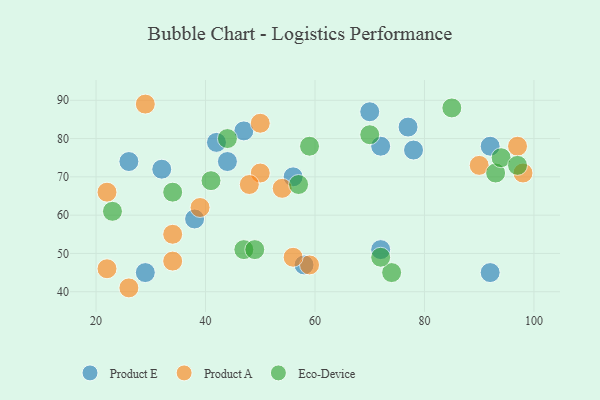
{"axis": {"x": "GDP", "y": "Life Expectancy"}, "legend": ["Eco-Device", "Product A", "Product E"], "data": [{"x": "47", "y": 82, "type": "Product E"}, {"x": "26", "y": 74, "type": "Product E"}, {"x": "58", "y": 47, "type": "Product E"}, {"x": "42", "y": 79, "type": "Product E"}, {"x": "72", "y": 78, "type": "Product E"}, {"x": "29", "y": 45, "type": "Product E"}, {"x": "32", "y": 72, "type": "Product E"}, {"x": "92", "y": 78, "type": "Product E"}, {"x": "38", "y": 59, "type": "Product E"}, {"x": "78", "y": 77, "type": "Product E"}, {"x": "70", "y": 87, "type": "Product E"}, {"x": "77", "y": 83, "type": "Product E"}, {"x": "56", "y": 70, "type": "Product E"}, {"x": "92", "y": 45, "type": "Product E"}, {"x": "72", "y": 51, "type": "Product E"}, {"x": "44", "y": 74, "type": "Product E"}, {"x": "22", "y": 66, "type": "Product A"}, {"x": "54", "y": 67, "type": "Product A"}, {"x": "59", "y": 47, "type": "Product A"}, {"x": "26", "y": 41, "type": "Product A"}, {"x": "50", "y": 84, "type": "Product A"}, {"x": "29", "y": 89, "type": "Product A"}, {"x": "90", "y": 73, "type": "Product A"}, {"x": "97", "y": 78, "type": "Product A"}, {"x": "50", "y": 71, "type": "Product A"}, {"x": "39", "y": 62, "type": "Product A"}, {"x": "48", "y": 68, "type": "Product A"}, {"x": "56", "y": 49, "type": "Product A"}, {"x": "34", "y": 55, "type": "Product A"}, {"x": "34", "y": 48, "type": "Product A"}, {"x": "98", "y": 71, "type": "Product A"}, {"x": "22", "y": 46, "type": "Product A"}, {"x": "44", "y": 80, "type": "Eco-Device"}, {"x": "57", "y": 68, "type": "Eco-Device"}, {"x": "70", "y": 81, "type": "Eco-Device"}, {"x": "47", "y": 51, "type": "Eco-Device"}, {"x": "85", "y": 88, "type": "Eco-Device"}, {"x": "23", "y": 61, "type": "Eco-Device"}, {"x": "93", "y": 71, "type": "Eco-Device"}, {"x": "34", "y": 66, "type": "Eco-Device"}, {"x": "94", "y": 75, "type": "Eco-Device"}, {"x": "41", "y": 69, "type": "Eco-Device"}, {"x": "49", "y": 51, "type": "Eco-Device"}, {"x": "97", "y": 73, "type": "Eco-Device"}, {"x": "59", "y": 78, "type": "Eco-Device"}, {"x": "74", "y": 45, "type": "Eco-Device"}, {"x": "72", "y": 49, "type": "Eco-Device"}]}